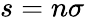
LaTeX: s=n\sigma